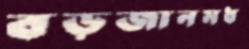
বড়জানমধ